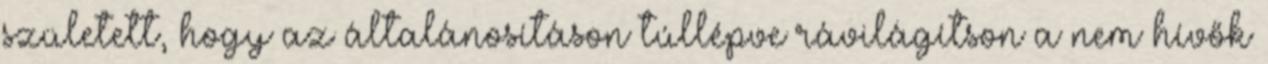
született, hogy az általánosításon túllépve rávilágítson a nem hívők